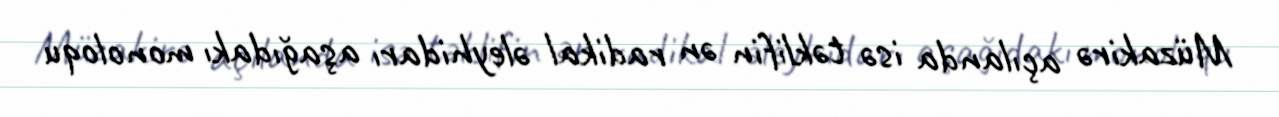
Müzakirə açılanda isə təklifin ən radikal əleyhidarı aşağıdakı monoloqu